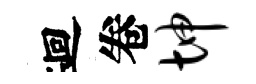
迴卷坤